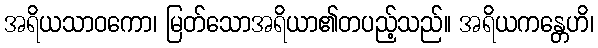
အရိယသာဝကော၊ မြတ်သောအရိယာ၏တပည့်သည်။ အရိယကန္တေဟိ၊